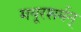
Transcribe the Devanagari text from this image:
मयूरशर्मन्